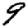
Digit: 9